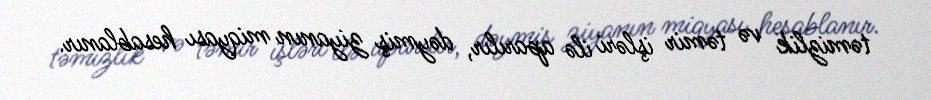
təmizlik və təmir işləri ilə aparılır, dəymiş ziyanın miqyası hesablanır.